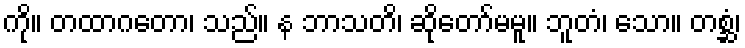
ကို။ တထာဂတော၊ သည်။ န ဘာသတိ၊ ဆိုတော်မမူ။ ဘူတံ၊ သော။ တစ္ဆံ၊